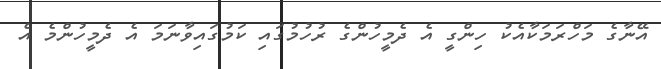
އޭނާގެ މަހްރަމަކާއެކު ހިންގީ އެ ދެމީހުންގެ ރުހުމުގައި ކަމުގައިވާނަމަ އެ ދެމީހުންމެ އެ